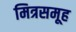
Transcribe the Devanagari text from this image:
मित्रसमूह